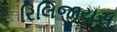
રિલિજીયસ